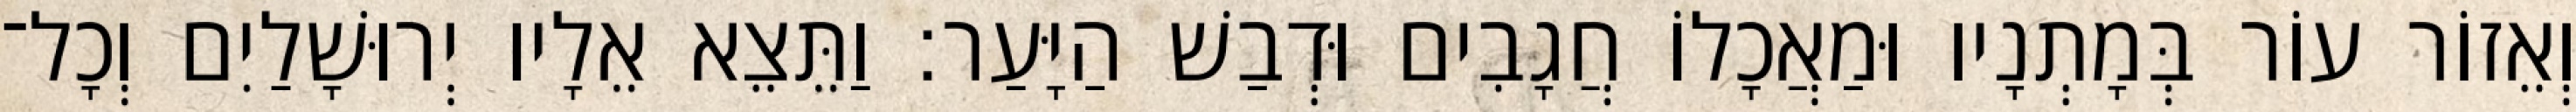
וְאֵזוֹר עוֹר בְּמָתְנָיו וּמַאֲכָלוֹ חֲגָבִים וּדְבַשׁ הַיָּעַר׃ וַתֵּצֵא אֵלָיו יְרוּשָׁלַיִם וְכָל־